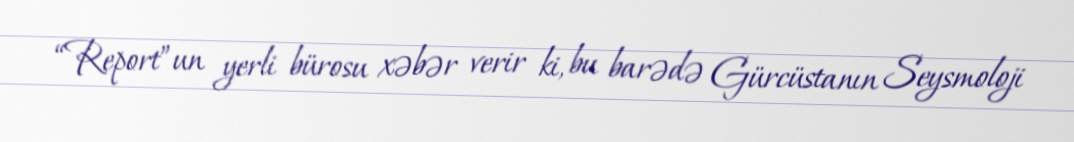
“Report”un yerli bürosu xəbər verir ki, bu barədə Gürcüstanın Seysmoloji